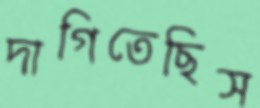
দাগিতেছিস